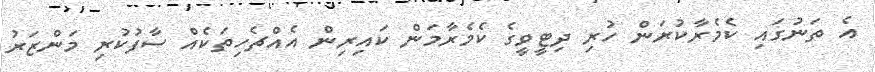
އެ ތަނުގައި ކެމެރާކުރަން ހުރި ދިޓީވީގެ ކެމެރާމަން ކައިރިން އެއްޗެހިތަކެއް ސާފުކުރި މަންޒަރު